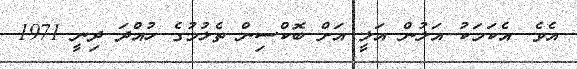
އެވެ. އެކަމަކު އަލުން އަލީ އަށް ބޮކްސިން ތެޅުމުގެ ހުއްދަ ދިނީ 1971